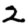
Digit: 2